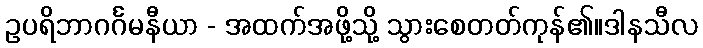
ဥပရိဘာဂင်္ဂမနီယာ - အထက်အဖို့သို့ သွားစေတတ်ကုန်၏။ဒါနသီလ